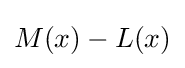
{\textstyle M(x)-L(x)}